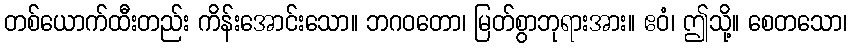
တစ်ယောက်ထီးတည်း ကိန်းအောင်းသော။ ဘဂဝတော၊ မြတ်စွာဘုရားအား။ ဧဝံ၊ ဤသို့။ စေတသော၊